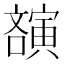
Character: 𡫫